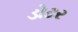
ડોટર